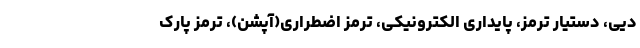
دیی، دستیار ترمز، پایداری الکترونیکی، ترمز اضطراری(آپشن)، ترمز پارک